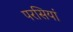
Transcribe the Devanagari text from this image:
परसियां